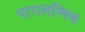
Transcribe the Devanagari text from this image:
पारालम्पिक